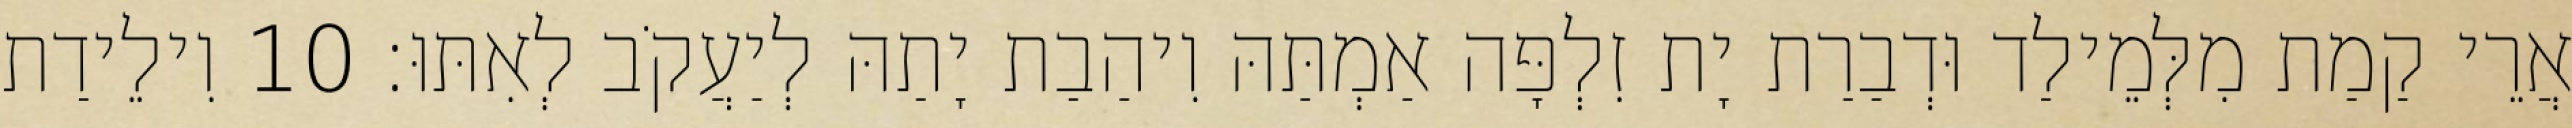
אֲרֵי קַמַת מִלְּמֵילַד וּדְבַרַת יָת זִלְפָּה אַמְתַּהּ וִיהַבַת יָתַהּ לְיַעֲקֹב לְאִתּוּ׃ 10 וִילֵידַת